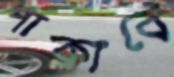
পাক্‌লাবে